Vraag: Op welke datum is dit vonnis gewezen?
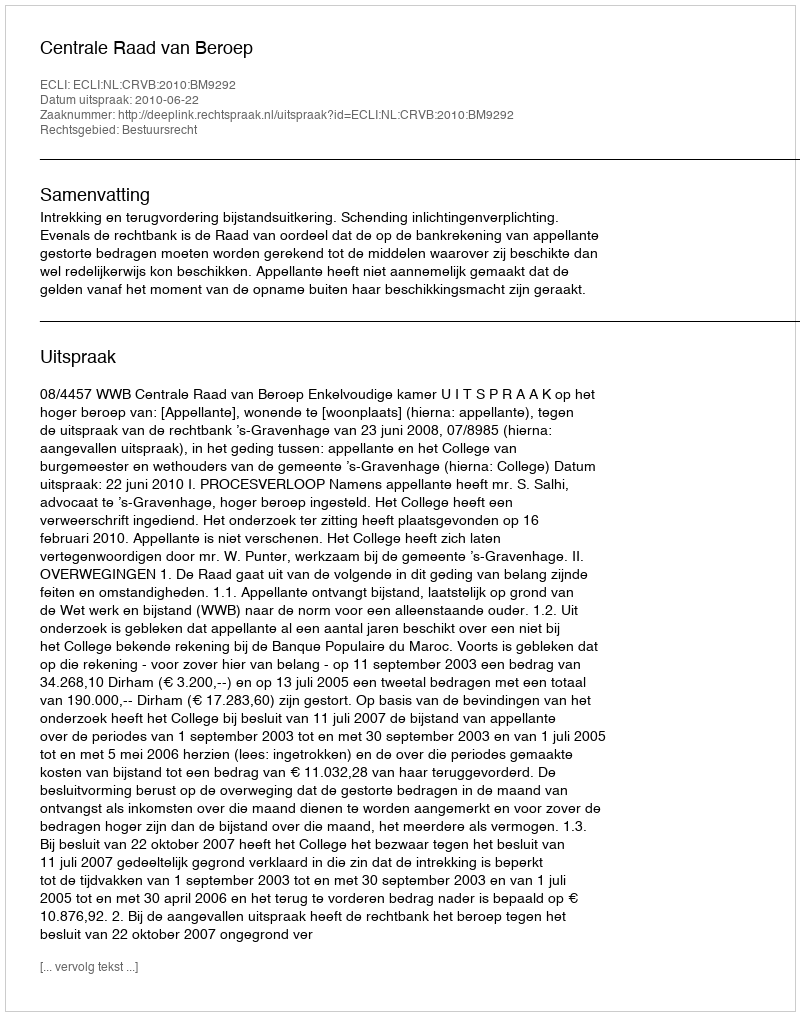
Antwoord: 2010-06-22